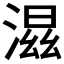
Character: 𣺝